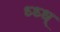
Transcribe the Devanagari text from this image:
ध्ध्ध्